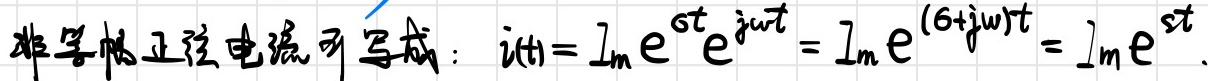
非等幅正弦电流可写成：$i(t) = I_m e^{st} e^{j\omega t} = I_m e^{(s + j\omega)t} = I_m e^{st}.$